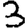
Digit: 3